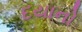
દયાનો